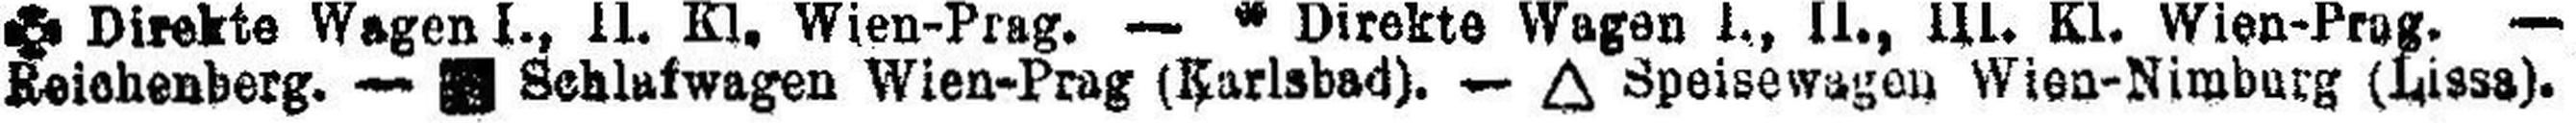
Reichenberg. — □ Schlafwagen Wien-Prag (Karlsbad). —∆ Speisewagen Wien-Nürburg (Lisse).